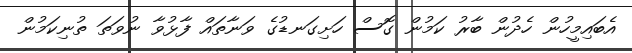
އެބައިމީހުން ހެދުން ބާރު ކަމުން ގޮސް ހަށިގަނޑުގެ ވަނާތައް ފާޅުވާ ނުވަތަ ތުނިކަމުން